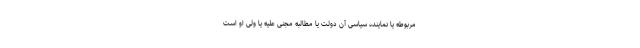
مربوطه یا نماینده سیاسی آن دولت یا مطالبه مجنی ‌علیه یا ولی او است